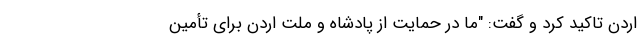
اردن تاکید کرد و گفت: "ما در حمایت از پادشاه و ملت اردن برای تأمین